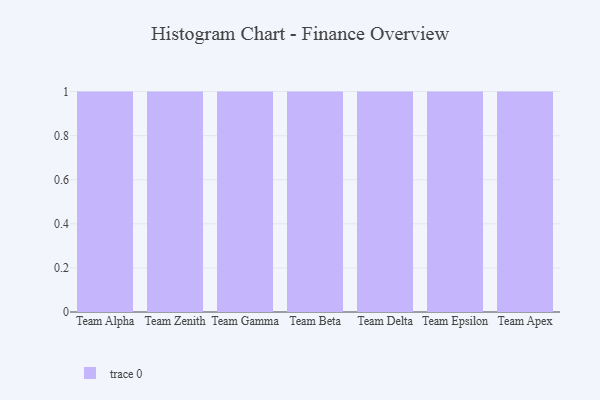
{"axis": {"x": "Team", "y": "Budget (USD K)"}, "legend": [""], "data": [{"x": "Team Alpha", "y": 50, "type": ""}, {"x": "Team Zenith", "y": 22, "type": ""}, {"x": "Team Gamma", "y": 83, "type": ""}, {"x": "Team Beta", "y": 29, "type": ""}, {"x": "Team Delta", "y": 56, "type": ""}, {"x": "Team Epsilon", "y": 49, "type": ""}, {"x": "Team Apex", "y": 6, "type": ""}]}